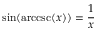
\sin ( \operatorname { a r c c s c } ( x ) ) = { \frac { 1 } { x } }